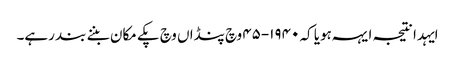
ایہدا نتیجہ ایہہ ہویا کہ ١٩٤٠-٤٥ وچ پنڈاں وچ پکے مکان بننے بند رہے۔